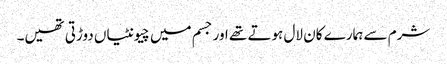
شرم سے ہمارے کان لال ہوتے تھے اور جسم میں چیونٹیاں دوڑتی تھیں۔